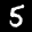
Label: 5